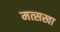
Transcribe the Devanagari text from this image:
मत्सखा